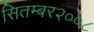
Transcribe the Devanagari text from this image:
सितम्बर२००८